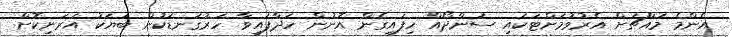
އެންމެ މައްޗަށް އެރުވުމަށްޓަކައި ސަންދޯއް ހިފައިގެން އޮނުން ހަދާފައިވާ ހަރުގަނޑަކުން ބަޔަކު އަރަނިކޮށް